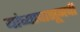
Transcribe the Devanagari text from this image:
यांच्यापासूनची